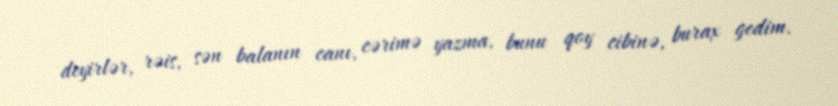
deyirlər, rəis, sən balanın canı, cərimə yazma, bunu qoy cibinə, burax gedim.